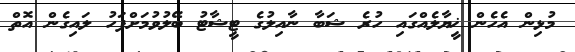
މުޅިން އެހެން ޚީޔާލެއްގައި ހުރެ ޝަބާ ނާއިލުގެ ޓީޝާޓު ބޭލުވުމަށްފަހު ލައިގެން އޮތް